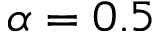
\alpha = 0 . 5